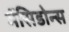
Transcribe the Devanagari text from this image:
मॅसिडोन्स